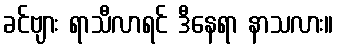
ခင်ဗျား ရာသီလာရင် ဒီနေရာ နာသလား။